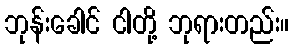
ဘုန်းခေါင် ငါတို့ ဘုရားတည်း။